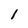
Character: I